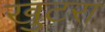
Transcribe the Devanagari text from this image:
खुटरा